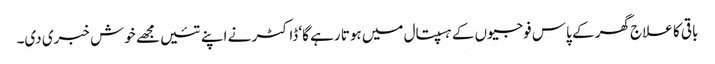
باقی کا علاج گھر کے پاس فوجیوں کے ہسپتال میں ہوتا رہے گا‘ ڈاکٹر نے اپنے تئیں مجھے خوش خبری دی۔